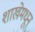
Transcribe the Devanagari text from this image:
शाखेमधून